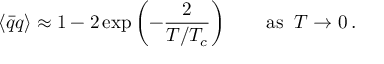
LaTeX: \langle \bar { q } q \rangle \approx 1 - 2 \exp \left( - \frac { 2 } { T / T _ { c } } \right) \qquad \mathrm { a s } \; \; T \rightarrow 0 \: .